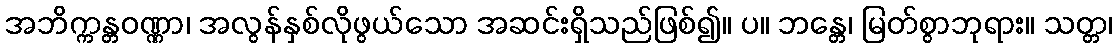
အဘိက္ကန္တဝဏ္ဏာ၊ အလွန်နှစ်လိုဖွယ်သော အဆင်းရှိသည်ဖြစ်၍။ ပ။ ဘန္တေ၊ မြတ်စွာဘုရား။ သတ္တ၊